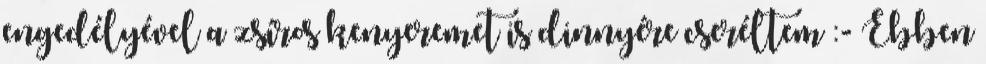
engedélyével a zsíros kenyeremet is dinnyére cseréltem :- Ebben